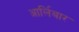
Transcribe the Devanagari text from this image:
आर्लिबार